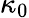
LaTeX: \kappa_{0}